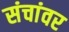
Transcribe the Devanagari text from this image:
संचांवर